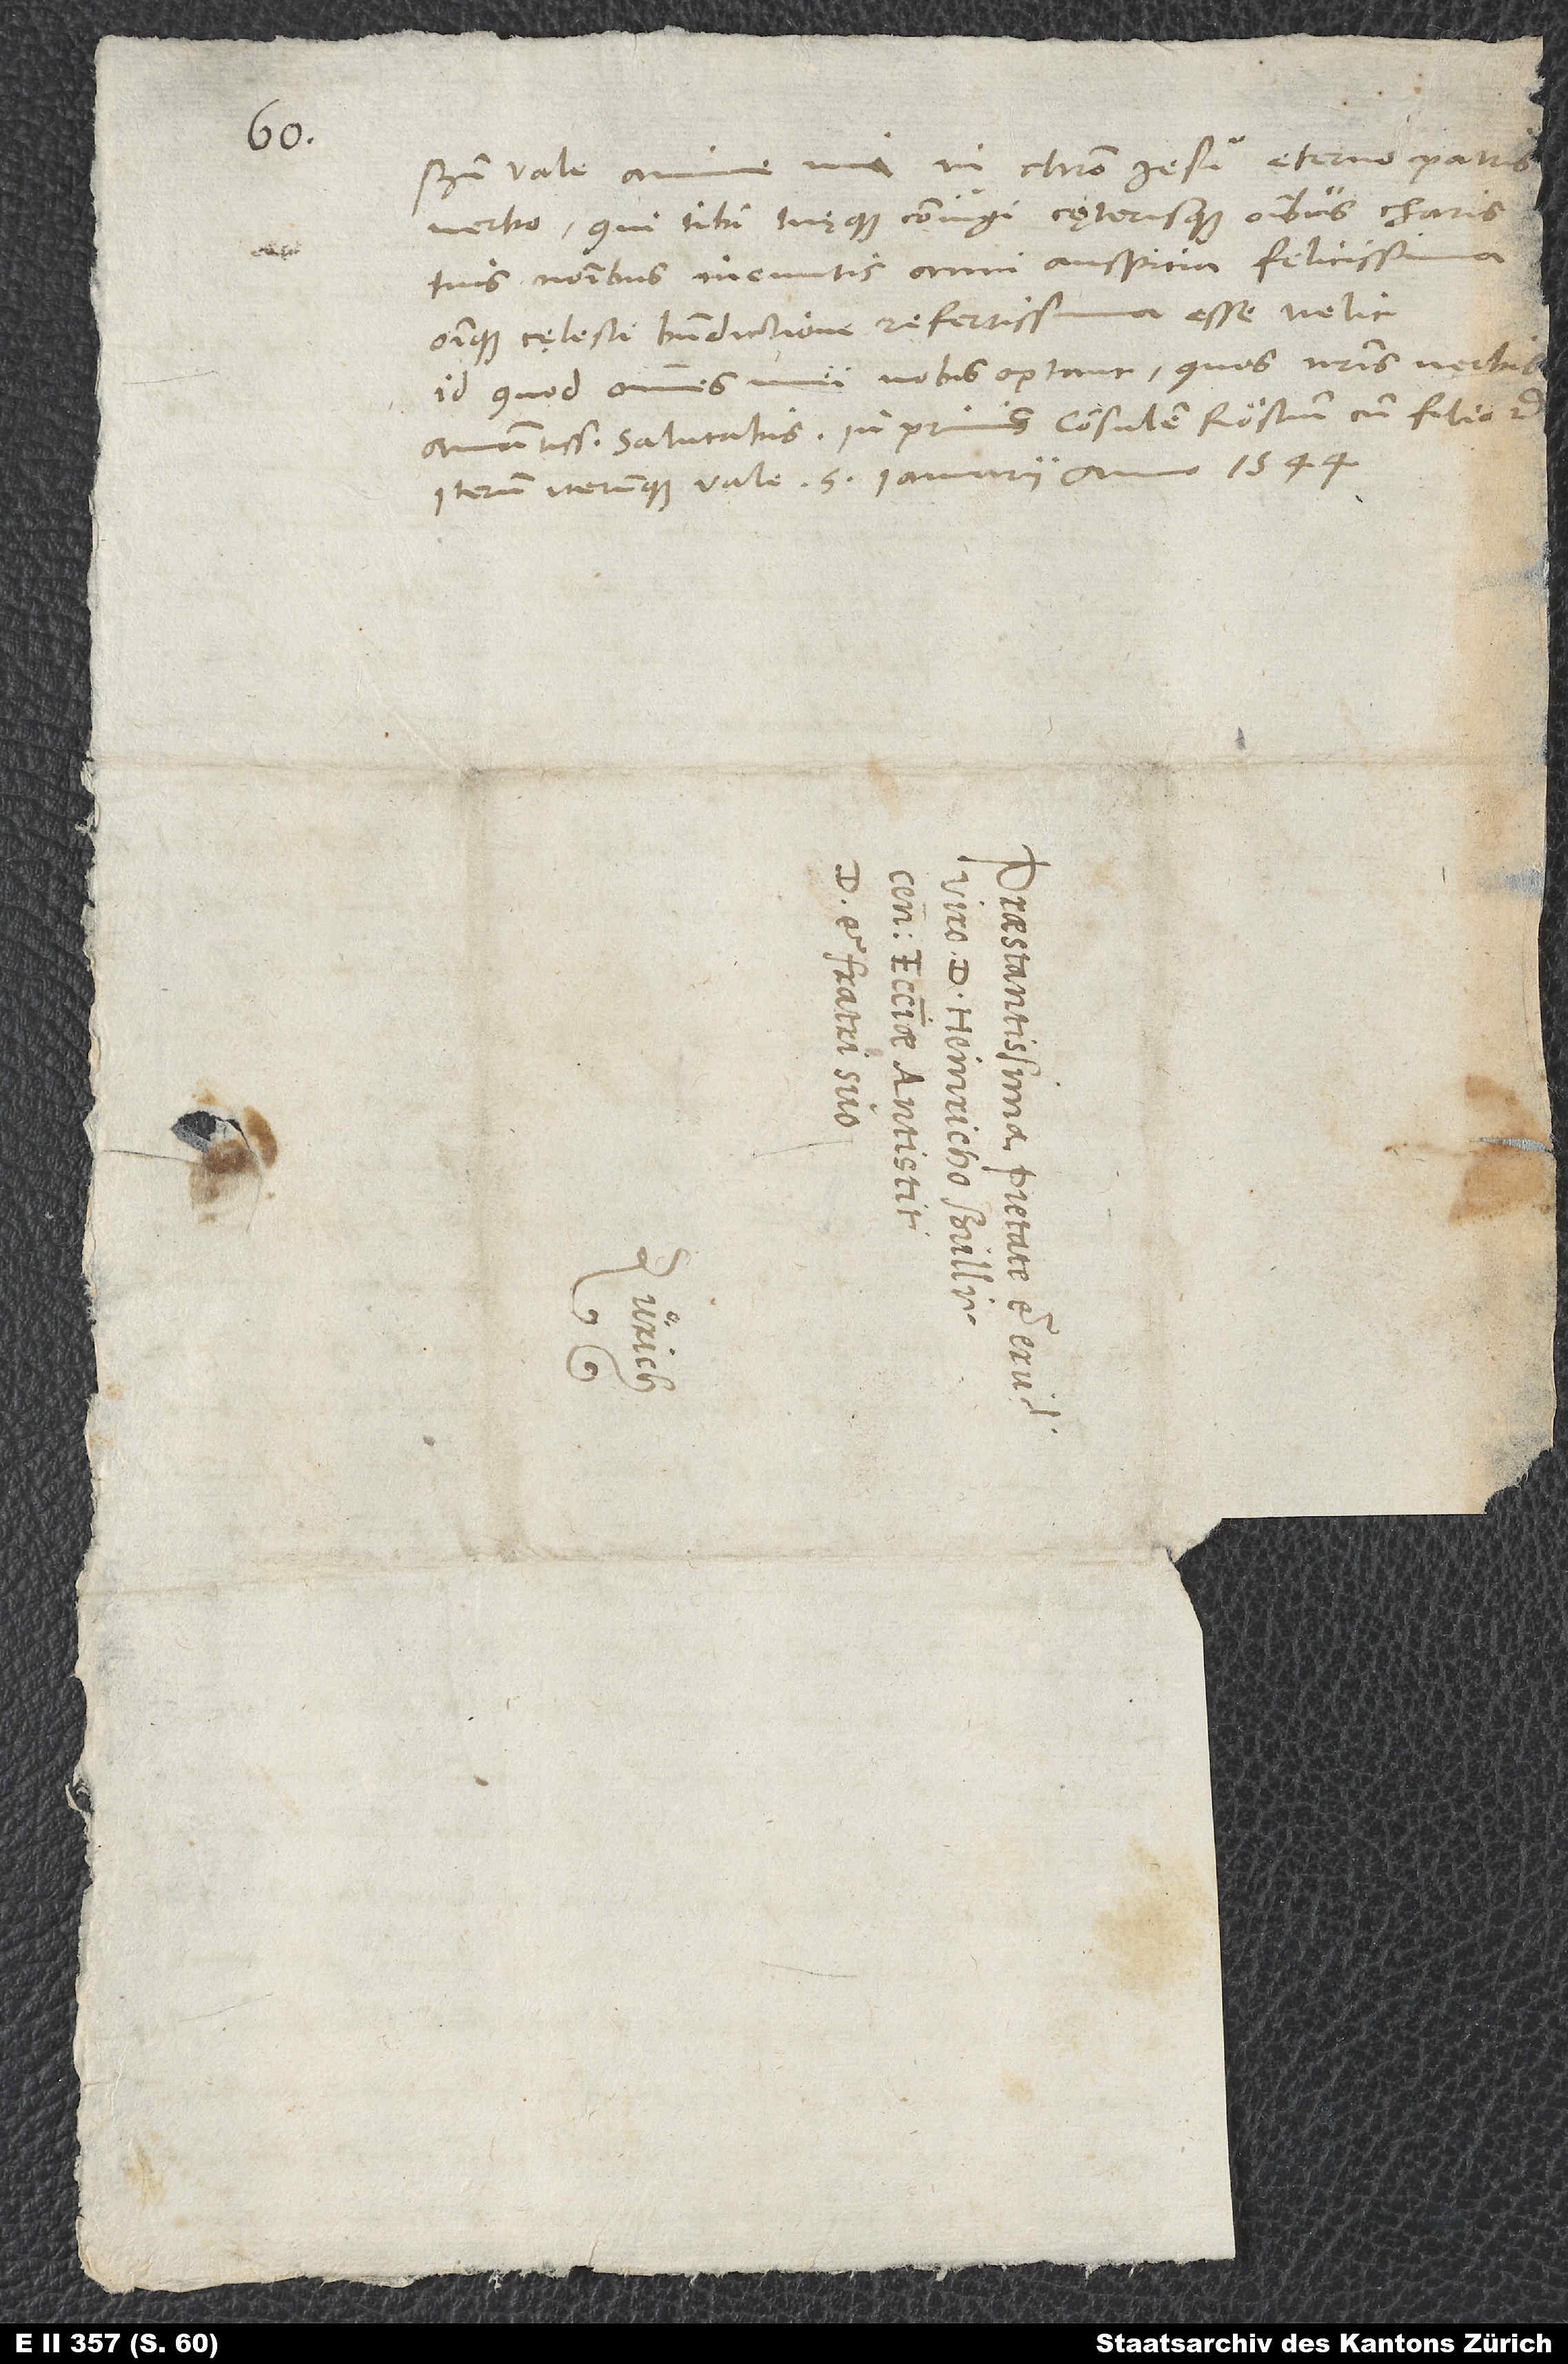
Bene vale, anime mi, in Christo Iesu, aeterno patris
verbo, qui tibi tuęque coniugi cęterisque omnibus charis
tuis nominibus ineuntis anni auspicia felicissima
omnique cęlesti benedictione refertissima esse velit,
id quod omnes mei vobis optant, quos nostris verbis
amantissime salutabis, inprimis consulem Röstium cum filio etc.
Iterum iterumque vale. 5. ianuarii anno 1544.
S.